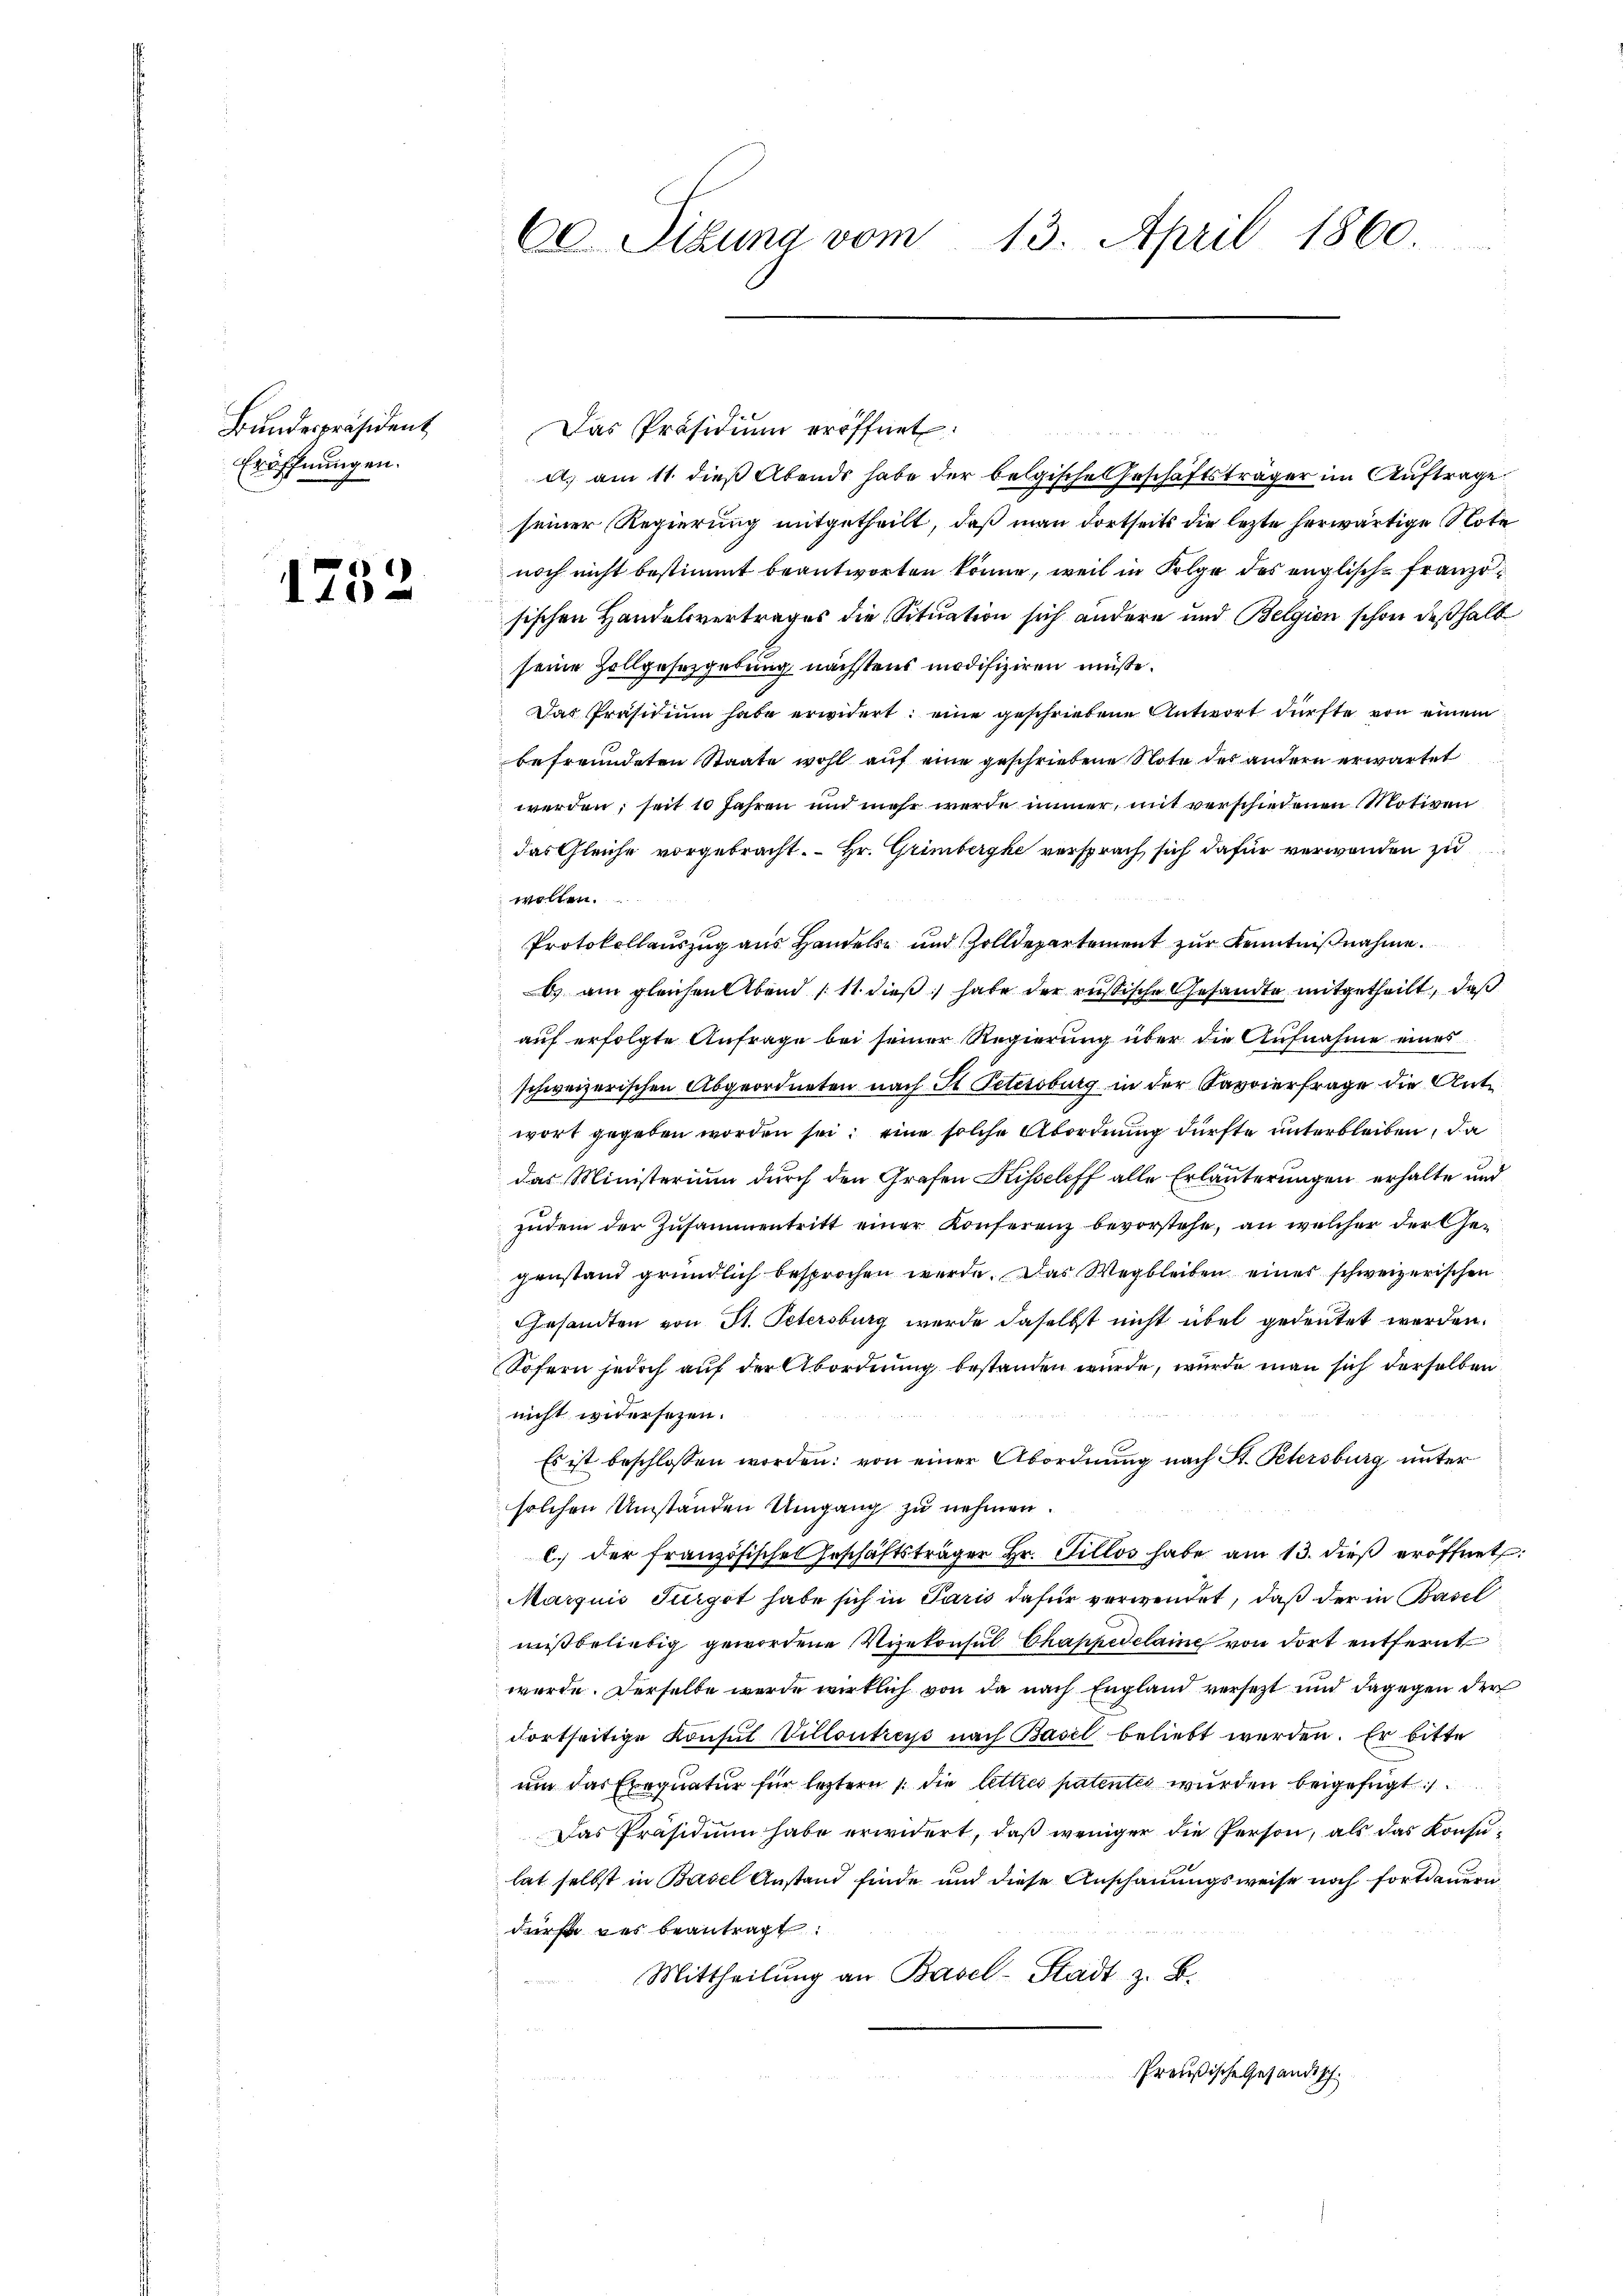
Bundespräsident
Eröffnungen.

1732

60 Sibung vom 13. April 1860.

Das Präsidiŭm eröffnet:
A. am 11. dieß Abends habe der belg
ische Geschäftsträger im Auftrage.
seiner Regierung mitgetheilt, daß man dortseits die lezte herwärtige Note
noch nicht bestimmt beantworten könne, weil in Folge des englisch-Französischen Handelsvertrages die Situation sich andere und Belgion schon deßhalb
seine Zollgesezgebung nächstens modifiziren müße.
Das Präsidium habe erwidert: eine geschriebene Antwort dürfte von einem
befreundeten Staate wohl auf eine geschriebene Note des andern erwartet
werden; seit 10 Jahren und mehr werde immer, mit verschiedenen Motiven
das Gleiche vorgebracht. Hr. Grimbergke versprach sich dafür verwenden zu
wollen.
Protokollauszug aus Handels und Zolldepartement zur Kenntnißnahme.
) am gleichen Abend 111 dieß habe der russische Gesandte mitgetheilt, daß
auf erfolgte Anfrage bei seiner Regierung über die Aufnahme eines
schweizerischen Abgeordneten nach St. Petersburg in der Kavvierfrage die Antwort gegeben worden sei; eine solche Abordnung dürfte unterbleiben, da
das Ministerium durch den Grafen Kisseleff alle Erläuterungen erhalte und
zudem der Zusammentritt einer Konferenz bevorstehe, an welcher der Gegenstand gründlich besprochen werde. Das Wegbleiben eines schweizerischen
Gesandten von St. Petersburg wurde daselbst nicht übel gedeutet werden.
Sofern jedoch auf der Abordnung bestanden wurde, wurde man sich derselben
nicht widersezen.
Es ist beschlossen worden: von einer Abordnung nach St. Petersburg unter
solchen Umständen Umgang zu nehmen.
c. der französische Geschäftsträger Hr. Sillos habe am 13. dieβ eröffnet:
Marquis Furgot habe sich in Paris dafür verwendet, daß der in Basel
mißbeliebig gewordene Vizekonsul Chappedelaine von dort entfernt
wurde. Derselbe werde wirklich von da nach England versezt und dagegen der
Fortseitige Konsul Villoutres nach Basel beliebt werden. Er bitte
um das Exequatur für letztern 1. die lettres patentes wurden beigefügt
Das Präsidium habe erwidert, daß weniger die Person, als das Konsuhat selbst in Basel Anstand finde und diese Anschauungsweise noch fortdauern
dürfe des beantragt.
Mittheilung an Basel-Stadt z. B.
Preußische Gesandtsch.

0 x